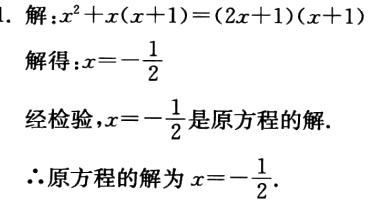
1. 解：\(x^{2}+x(x + 1)=(2x + 1)(x + 1)\)
解得：\(x=-\frac{1}{2}\)
经检验，\(x = -\frac{1}{2}\)是原方程的解.
\(\therefore\)原方程的解为\(x=-\frac{1}{2}\).